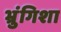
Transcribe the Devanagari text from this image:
भ्रुंगिशा